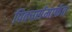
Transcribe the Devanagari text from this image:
पिक्चर्समार्फत